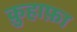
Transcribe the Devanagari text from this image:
क़ुहाफ़ा